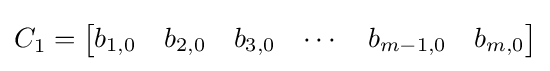
C_{1}={\begin{bmatrix}b_{1,0}&b_{2,0}&b_{3,0}&\cdots &b_{m-1,0}&b_{m,0}\\\end{bmatrix}}